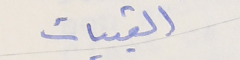
القبيات